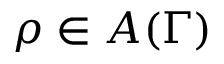
\rho \in A ( \Gamma )